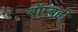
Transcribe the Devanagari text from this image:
बॉम्बही